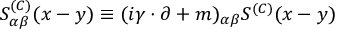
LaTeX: S _ { \alpha \beta } ^ { ( C ) } ( x - y ) \equiv ( i \gamma \cdot \partial + m ) _ { \alpha \beta } S ^ { ( C ) } ( x - y )